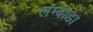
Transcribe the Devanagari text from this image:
लम्बाडा